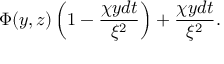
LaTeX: \Phi ( y , z ) \left( 1 - { \frac { \chi y d t } { \xi ^ { 2 } } } \right) + { \frac { \chi y d t } { \xi ^ { 2 } } } .